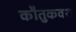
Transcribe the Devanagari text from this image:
कौतुकवश